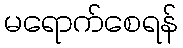
မရောက်စေရန်